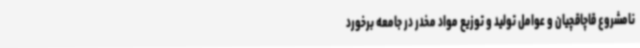
نامشروع قاچاقچیان و عوامل تولید و توزیع مواد مخدر در جامعه برخورد